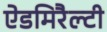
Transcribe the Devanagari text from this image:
ऐडमिरैल्टी